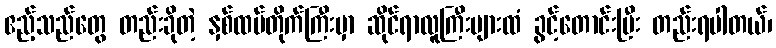
ဧည့်သည်တွေ တည်းခိုတဲ့ နှစ်ထပ်တိုက်ကြီးမှာ ဆိုင်ရာလူကြီးများထံ ခွင့်တောင်းပြီး တည်းရပါတယ်၊